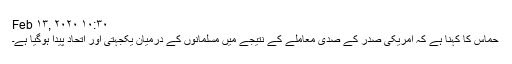
Feb ۱۳, ۲۰۲۰ ۱۰:۳۰
حماس کا کہنا ہے کہ امریکی صدر کے صدی معاملے کے نتیجے میں مسلمانوں کے درمیان یکجہتی اور اتحاد پیدا ہوگیا ہے۔